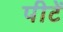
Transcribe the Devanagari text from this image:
पीटें